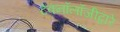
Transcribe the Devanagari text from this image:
टेक्‍नॉलॉजीद्वारे